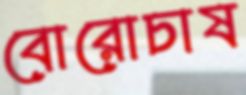
বোরোচাষ